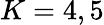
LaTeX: K=4,5